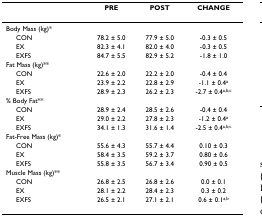
<table><thead><tr><td></td><td><b>PRE</b></td><td><b>POST</b></td><td><b>CHANGE</b></td></tr></thead><tbody><tr><td>Body Mass (kg)*</td><td></td><td></td><td></td></tr><tr><td> CON</td><td>78.2 ± 5.0</td><td>77.9 ± 5.0</td><td>-0.3 ± 0.5</td></tr><tr><td> EX</td><td>82.3 ± 4.1</td><td>82.0 ± 4.0</td><td>-0.3 ± 0.5</td></tr><tr><td> EXFS</td><td>84.7 ± 5.5</td><td>82.9 ± 5.2</td><td>-1.8 ± 1.0</td></tr><tr><td>Fat Mass (kg)**</td><td></td><td></td><td></td></tr><tr><td> CON</td><td>22.6 ± 2.0</td><td>22.2 ± 2.0</td><td>-0.4 ± 0.4</td></tr><tr><td> EX</td><td>23.9 ± 2.2</td><td>22.8 ± 2.9</td><td>-1.1 ± 0.4<sup>a</sup></td></tr><tr><td> EXFS</td><td>28.9 ± 2.3</td><td>26.2 ± 2.3</td><td>-2.7 ± 0.4<sup>a,b,c</sup></td></tr><tr><td>% Body Fat**</td><td></td><td></td><td></td></tr><tr><td> CON</td><td>28.9 ± 2.4</td><td>28.5 ± 2.6</td><td>-0.4 ± 0.4</td></tr><tr><td> EX</td><td>29.0 ± 2.2</td><td>27.8 ± 2.3</td><td>-1.2 ± 0.4<sup>a</sup></td></tr><tr><td> EXFS</td><td>34.1 ± 1.3</td><td>31.6 ± 1.4</td><td>-2.5 ± 0.4<sup>a,b,c</sup></td></tr><tr><td>Fat-Free Mass (kg)*</td><td></td><td></td><td></td></tr><tr><td> CON</td><td>55.6 ± 4.3</td><td>55.7 ± 4.4</td><td>0.10 ± 0.3</td></tr><tr><td> EX</td><td>58.4 ± 3.5</td><td>59.2 ± 3.7</td><td>0.80 ± 0.6</td></tr><tr><td> EXFS</td><td>55.8 ± 3.5</td><td>56.7 ± 3.4</td><td>0.90 ± 0.5</td></tr><tr><td>Muscle Mass (kg)**</td><td></td><td></td><td></td></tr><tr><td> CON</td><td>26.8 ± 2.5</td><td>26.8 ± 2.6</td><td>0.0 ± 0.1</td></tr><tr><td> EX</td><td>28.1 ± 2.2</td><td>28.4 ± 2.3</td><td>0.3 ± 0.2</td></tr><tr><td> EXFS</td><td>26.5 ± 2.1</td><td>27.1 ± 2.1</td><td>0.6 ± 0.1<sup>a,b</sup></td></tr></tbody></table>